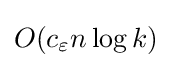
O(c_{\varepsilon }n\log {k})